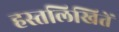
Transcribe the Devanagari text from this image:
हस्तलिखितें